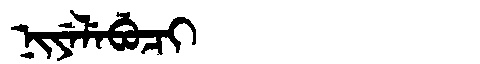
Manchu: ᠨᡳᠶᡝᠯᡝᠪᡠᠴᡳ
Romanization: NIYELEBUCI